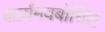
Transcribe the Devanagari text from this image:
कार्यमवबोधित